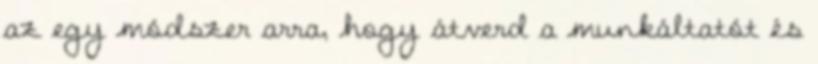
az egy módszer arra, hogy átverd a munkáltatót és